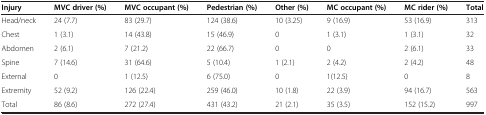
<table><thead><tr><td><b>Injury</b></td><td><b>MVC driver (%)</b></td><td><b>MVC occupant (%)</b></td><td><b>Pedestrian (%)</b></td><td><b>Other (%)</b></td><td><b>MC occupant (%)</b></td><td><b>MC rider (%)</b></td><td><b>Total</b></td></tr></thead><tbody><tr><td>Head/neck</td><td>24 (7.7)</td><td>83 (29.7)</td><td>124 (38.6)</td><td>10 (3.25)</td><td>9 (16.9)</td><td>53 (16.9)</td><td>313</td></tr><tr><td>Chest</td><td>1 (3.1)</td><td>14 (43.8)</td><td>15 (46.9)</td><td>0</td><td>1 (3.1)</td><td>1 (3.1)</td><td>32</td></tr><tr><td>Abdomen</td><td>2 (6.1)</td><td>7 (21.2)</td><td>22 (66.7)</td><td>0</td><td>0</td><td>2 (6.1)</td><td>33</td></tr><tr><td>Spine</td><td>7 (14.6)</td><td>31 (64.6)</td><td>5 (10.4)</td><td>1 (2.1)</td><td>2 (4.2)</td><td>2 (4.2)</td><td>48</td></tr><tr><td>External</td><td>0</td><td>1 (12.5)</td><td>6 (75.0)</td><td>0</td><td>1(12.5)</td><td>0</td><td>8</td></tr><tr><td>Extremity</td><td>52 (9.2)</td><td>126 (22.4)</td><td>259 (46.0)</td><td>10 (1.8)</td><td>22 (3.9)</td><td>94 (16.7)</td><td>563</td></tr><tr><td>Total</td><td>86 (8.6)</td><td>272 (27.4)</td><td>431 (43.2)</td><td>21 (2.1)</td><td>35 (3.5)</td><td>152 (15.2)</td><td>997</td></tr></tbody></table>